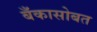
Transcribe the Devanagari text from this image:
बँकासोबत